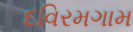
દવિરમગામ